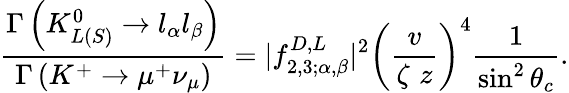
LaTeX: \frac{\Gamma\left(K_{L(S)}^{0}\rightarrow l_{\alpha}l_{\beta}\right)}{\Gamma\left(K^{+}\rightarrow\mu^{+}\nu_{\mu}\right)}=|f_{2,3;\alpha,\beta}^{D,L}|^{2}\left(\frac{v}{\zeta\, \, z}\right)^{4}\frac{1}{\sin^{2}\theta_{c}}.